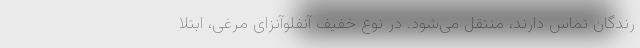
رندگان تماس دارند، منتقل می‌شود. در نوع خفیف آنفلوآنزای مرغی، ابتلا